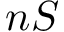
n S